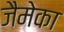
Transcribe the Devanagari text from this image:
जैमेका